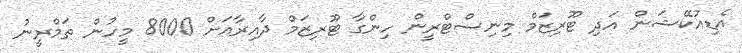
އެޑިއުކޭޝަން އަދި ޓޫރިޒަމް މިނިސްޓްރީން ހިންގާ ޓޫރިޒަމް ދާއިރާއަށް 8000 މީހުން ތަމްރީނު